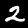
Digit: 2